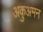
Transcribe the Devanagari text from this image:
अकुअमन